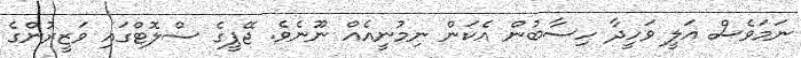
ނަމަވެސް އަލީ ވަހީދާ ހިސާބުން އެކަން ނިމުނީއެއް ނޫނެވެ. ޖޭޕީގެ ސްލޮޓްގައި ވަޒީރުންގެ